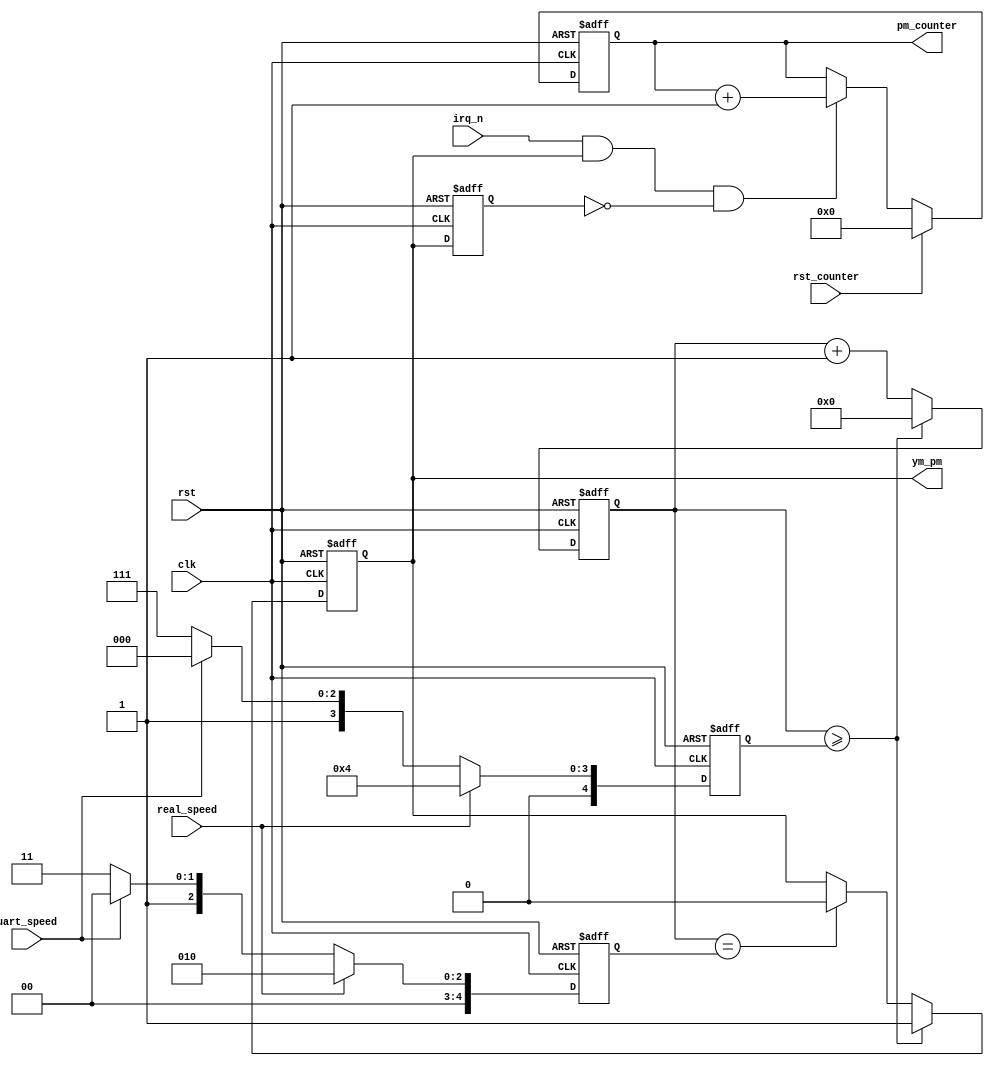
module pm_clk_real(
	input             clk,
	input             rst,
	input             real_speed,
	input             rst_counter,
	input             irq_n,			
	input 			  uart_speed,
	output reg        ym_pm,
	output reg [31:0] pm_counter
);
parameter stop=5'd07;
reg [4:0] div_cnt, cambio0, cambio1; 
always @(posedge clk or posedge rst) begin : speed_mux
	if( rst ) begin
		cambio0 <= 5'd2;
		cambio1 <= 5'd4;
	end
	else begin
		if( real_speed ) begin
			cambio0 <= 5'd2;
			cambio1 <= 5'd4;
		end
		else begin 
			if( uart_speed ) begin
				cambio0 <= 5'd4;
				cambio1 <= 5'd8;
			end else begin
				cambio0 <= 5'd7;
				cambio1 <= 5'd15;
			end
		end
	end
end
always @(posedge clk or posedge rst) begin : ym_pm_ff
	if( rst ) begin
		div_cnt    <= 5'd0;
		ym_pm      <= 1'b0;
	end
	else begin	
		if(div_cnt>=cambio1) begin 
			ym_pm   <= 1'b1;
			div_cnt <= 5'd0;
		end
		else begin
			if( div_cnt==cambio0 ) ym_pm <= 1'b0; 
			div_cnt <= div_cnt + 1'b1;
		end
	end
end
reg ultpm;
always @(posedge clk or posedge rst) begin : pm_counter_ff
	if( rst )  begin
		pm_counter <= 32'd0;
		ultpm      <= 1'b0;
	end
	else begin
		ultpm <= ym_pm;
		if(rst_counter) 
			pm_counter <= 32'd0;
		else
			if( irq_n && ym_pm && !ultpm ) 
				pm_counter <= pm_counter + 1'd1;		
	end
end
endmodule